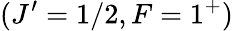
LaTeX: (J^{\prime}=1/2,F=1^{+})